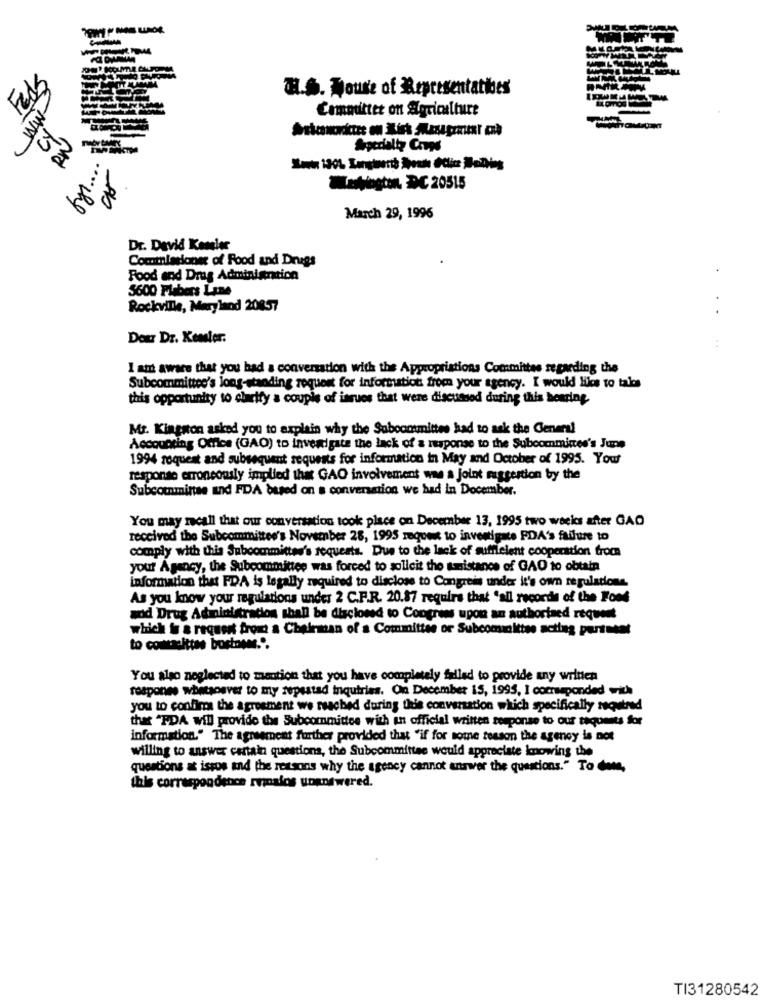
Feds
H.S. House of Representatives
Committer on Agriculture
MM
Washington DC 20515
-Ab
March 29, 1996
Dr. David Kessler
Commissioner of Food and Drugs
Food and Drug Administration
5600 Flabers Lane
Rockville, Maryland 20857
..
Dour Dr. Kessler.
:
I am aware that you had a conversation with the Appropriations Committee regarding the
Subcommittee's long-standing request for information from your agency. I would like to tales
this opportunity to clarify a couple of issues that were discussed during this bearing
Mr. Kingston asked you to explain why the Subcommittees had to ask the General
Accounting Office (GAO) to investigate the lack of a response to the Subcommittee's June
1994 roquest and subsequent requests for information in May and October of 1995. Your
response erroneously implied that GAO involvement was a joint maggestion by the
Subcomminse and FDA based on a conversation we had in Docember.
You may recall that our conversation took place on December 13, 1995 two weeks after GAO
received the Subcommittee's November 28, 1995 request to investigate PDA's failure to
comply with this Subcommittee's requests. Due to the lack of sufflelent cooperation from
your Agency, the Subcommittee was forced to sollcit the sanistance of GAO to obtain
information that FDA is legally required to disclose to Congress under it's own regulations
As you know your regulations under 2 C.F.R. 20.87 require that "all records of the Food
and Drug Administration shall be disclosed to Congress upon an authorised request
which is a request from a Chairman of a Committee or Subcommittee acting parteset
to couraittas bortnome.".
You also neglected to mention that you have completely failed to provide any written
respones whatsoever to my repeatad inquiries. On December 15, 1995, I corrsponded with
you to confirm the agreement we reached during this conversation which specifically required
that "PDA will provide the Subcommittee with un official written response to our taquests for
information." The agreement further provided that "if for some reason the agency is not
willing to answer certain questions, the Subcommittee would appreciate knowing the
questions at issos and the reasons why the agency cannot answer the questions." To date,
this correspondence romalos unanswered.
TI31280542